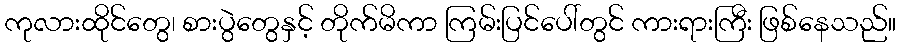
ကုလားထိုင်တွေ၊ စားပွဲတွေနှင့် တိုက်မိကာ ကြမ်းပြင်ပေါ်တွင် ကားရားကြီး ဖြစ်နေသည်။